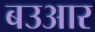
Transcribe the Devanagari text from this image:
बउआर